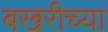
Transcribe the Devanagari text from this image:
बखरीच्या